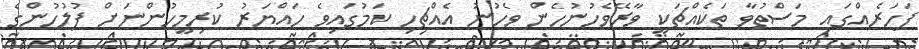
ފަހަރެއްގައި މަސްތުވާ ތަކެއްޗަކީ ވާރޭވެހުނުހެން ވެހުނު އެއްޗިހި ކަމުގައިވެ ހައްޔަރު ކުރިމީހުންނަށް ފުލުހުންގެ